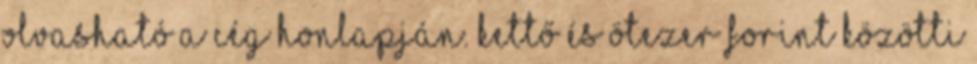
olvasható a cég honlapján. Kettő és ötezer forint közötti